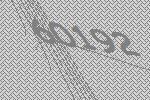
60192